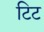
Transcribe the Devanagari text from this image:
टिट